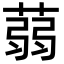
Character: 蒻